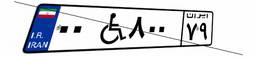
۰۰W۸۰۰۷۹